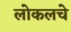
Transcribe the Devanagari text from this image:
लोकलचे